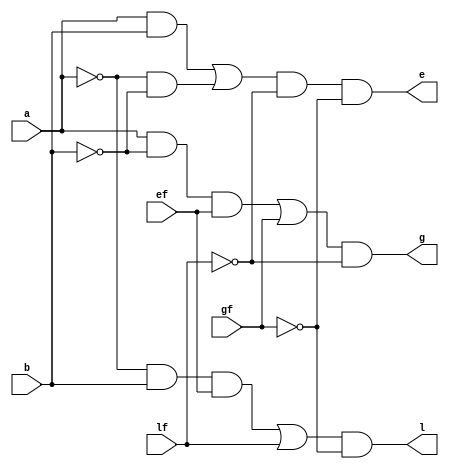
`timescale 1ns / 1ps
//////////////////////////////////////////////////////////////////////////////////
// Company: 
// Engineer: 
// 
// Design Name: 
// Module Name:    comparator 
// Project Name: 
// Target Devices: 
// Tool versions: 
// Description: 
//
// Dependencies: 
//
// Revision: 
// Revision 0.01 - File Created
// Additional Comments: 
//

module comparator( a,b,lf, gf, ef, l, g, e
);
	input a;
	input b;
	input lf;
	input gf;
	input ef;

	output l;
	wire l;
	output e;
	wire e;
	output g;
	wire g;
	assign l = ((((~a)&b)&(ef))|lf)&(~gf);
	assign e = (a&b | (~a)&(~b))&(~lf)&(~gf);
	assign g = (((a&(~b))&(ef))|gf)&(~lf);

endmodule